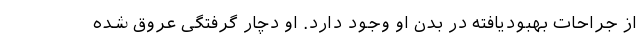
از جراحات بهبودیافته در بدن او وجود دارد. او دچار گرفتگی عروق شده